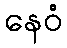
နေဝံ